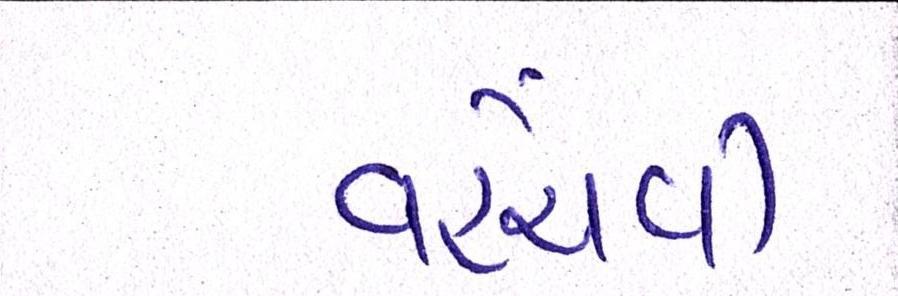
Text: વહેંચવી